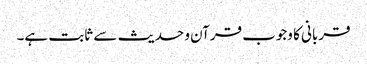
قربانی کا وجوب قرآن و حدیث سے ثابت ہے۔